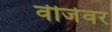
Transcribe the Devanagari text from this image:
वीजेवर